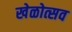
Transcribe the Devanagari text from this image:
खेळोत्सव